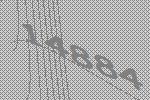
14884